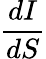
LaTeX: \frac{dI}{dS}